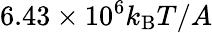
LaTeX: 6.43\times 10^{6}k_{\mathrm{B}}T/A